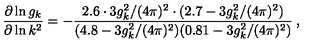
\frac { \partial \ln g _ { k } } { \partial \ln k ^ { 2 } } = - \frac { 2 . 6 \cdot 3 g _ { k } ^ { 2 } / ( 4 \pi ) ^ { 2 } \cdot ( 2 . 7 - 3 g _ { k } ^ { 2 } / ( 4 \pi ) ^ { 2 } ) } { ( 4 . 8 - 3 g _ { k } ^ { 2 } / ( 4 \pi ) ^ { 2 } ) ( 0 . 8 1 - 3 g _ { k } ^ { 2 } / ( 4 \pi ) ^ { 2 } ) } \: ,